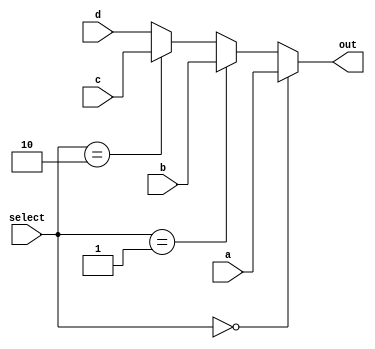
module mux 
(
    input [1:0] select,
    input [15:0] a,
    input [15:0] b,
    input [15:0] c,
    input [15:0] d,
    output [15:0] out
);

    assign out = select == 2'b00 ? a : select == 2'b01 ? b : select == 2'b10 ? c : d;

endmodule